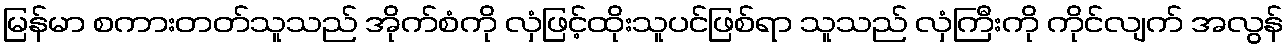
မြန်မာ စကားတတ်သူသည် အိုက်စံကို လှံဖြင့်ထိုးသူပင်ဖြစ်ရာ သူသည် လှံကြီးကို ကိုင်လျက် အလွန်